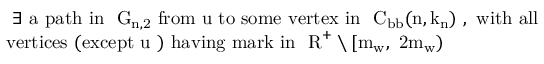
\begin{array} { r l } & { \mathrm { ~ \exists ~ a ~ p a t h ~ i n ~ { \mathcal ~ G } _ { n , 2 } ~ f r o m ~ u ~ t o ~ s o m e ~ v e r t e x ~ i n ~ { \mathcal ~ C } _ \mathrm { b b } ( n , k _ n ) ~ , ~ w i t h ~ a l l } } \\ & { \mathrm { v e r t i c e s ~ ( e x c e p t ~ u ~ ) ~ h a v i n g ~ m a r k ~ i n ~ { \mathbb ~ R } ^ + \setminus [ m _ w , ~ 2 m _ w ) ~ } } \end{array}